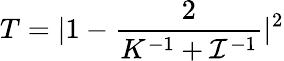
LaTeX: T=|1-\frac{2}{K^{-1}+\mathcal{I}^{-1}}|^{2}